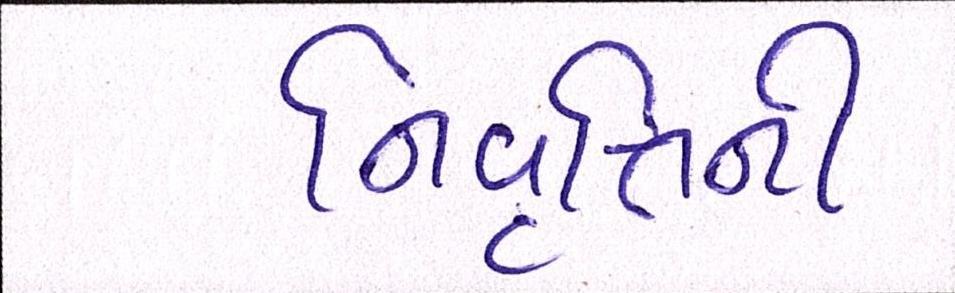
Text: નિવૃત્તિની